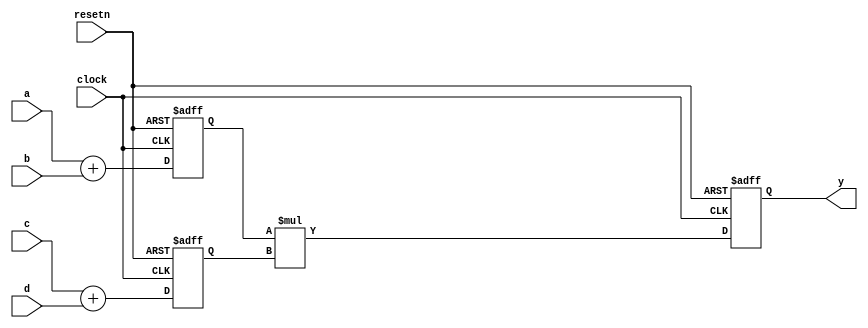
module pipeline (a,b,c,d,
                resetn,clock,
                y);
input       [2:0]   a,b,c,d;   
input               clock, resetn;
output  reg [7:0]   y;

    reg [3:0] temp_0, temp_1;
    
    always @(posedge clock or negedge resetn) begin
        if (!resetn) begin
            temp_0  <= 4'b0;
            temp_1  <= 4'b0;
            y       <= 8'd0;
        end else begin
            temp_0  <= {1'b0,a[2:0]} + {1'b0,b[2:0]};
            temp_1  <= {1'b0,c[2:0]} + {1'b0,d[2:0]};
            y       <= temp_0 * temp_1;
        end
    end

endmodule